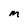
Character: M